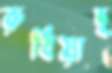
রুধিয়াছ